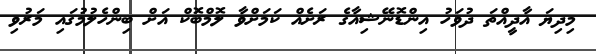
މިދިޔަ އާދީއްތަ ދުވަހު އިންޑޮނޭޝިއާގެ ރަށެއް ކަމަށްވާ ލޮމްބޮކް އަށް ބިންހެލުމުގައި މަރުވި